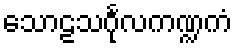
သောဠသင်္ဂုလကဏ္ဍကံ